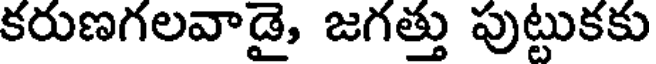
కరుణగలవాడై, జగత్తు పుట్టుకకు